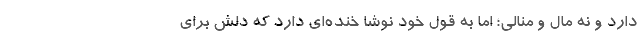
دارد و نه مال و منالی؛ اما به قول خود نوشا خنده‌ای دارد که دلش برای